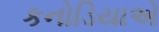
કનોડિયાએ